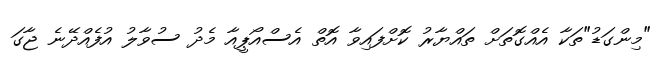
"މިންގަޑު"ތަކާ އެއްގޮތަށް ތައްޔާރު ކޮށްފައިވާ އޮތް އެސްއޯޕީއާ މެދު ސުވާލު އުފެއްދޭނެ ޖާގަ